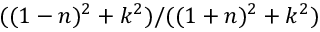
( ( 1 - n ) ^ { 2 } + k ^ { 2 } ) / ( ( 1 + n ) ^ { 2 } + k ^ { 2 } )